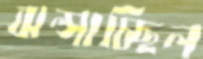
ঝল্‌সাচ্ছিল